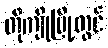
တိုကျိုမြို့တွင်